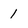
Character: 1